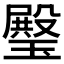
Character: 𤩱